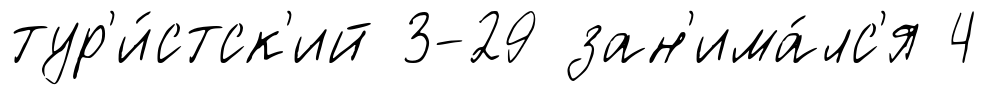
тур'и́стск'ий 3-29 зан'има́лс'я 4